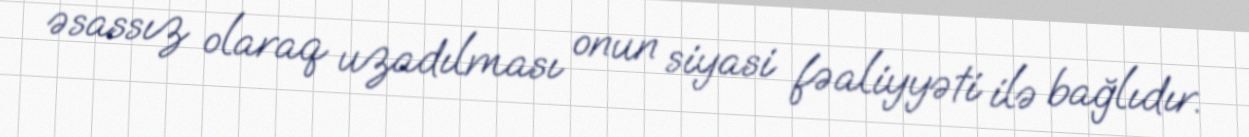
əsassız olaraq uzadılması onun siyasi fəaliyyəti ilə bağlıdır.